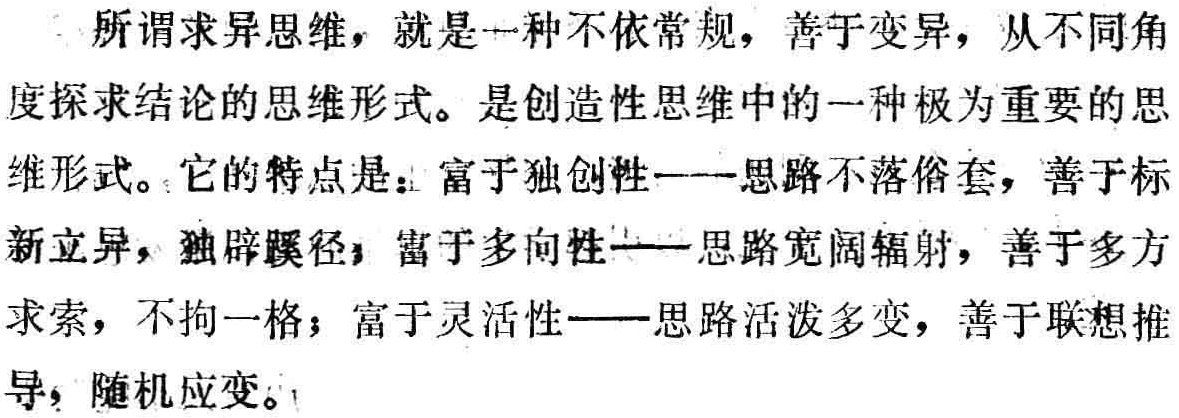
所谓求异思维，就是一种不依常规，善于变异，从不同角度探求结论的思维形式。是创造性思维中的一种极为重要的思维形式。它的特点是：富于独创性——思路不落俗套，善于标新立异，独辟蹊径；富于多向性——思路宽阔辐射，善于多方求索，不拘一格；富于灵活性——思路活泼多变，善于联想推导，随机应变。